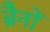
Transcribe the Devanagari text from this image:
ब्रैनों